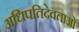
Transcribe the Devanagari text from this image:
अधिपतिदेवताओं